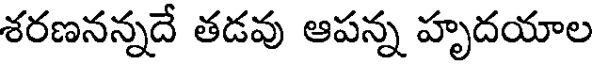
శరణనన్నదే తడవు ఆపన్న హృదయాల